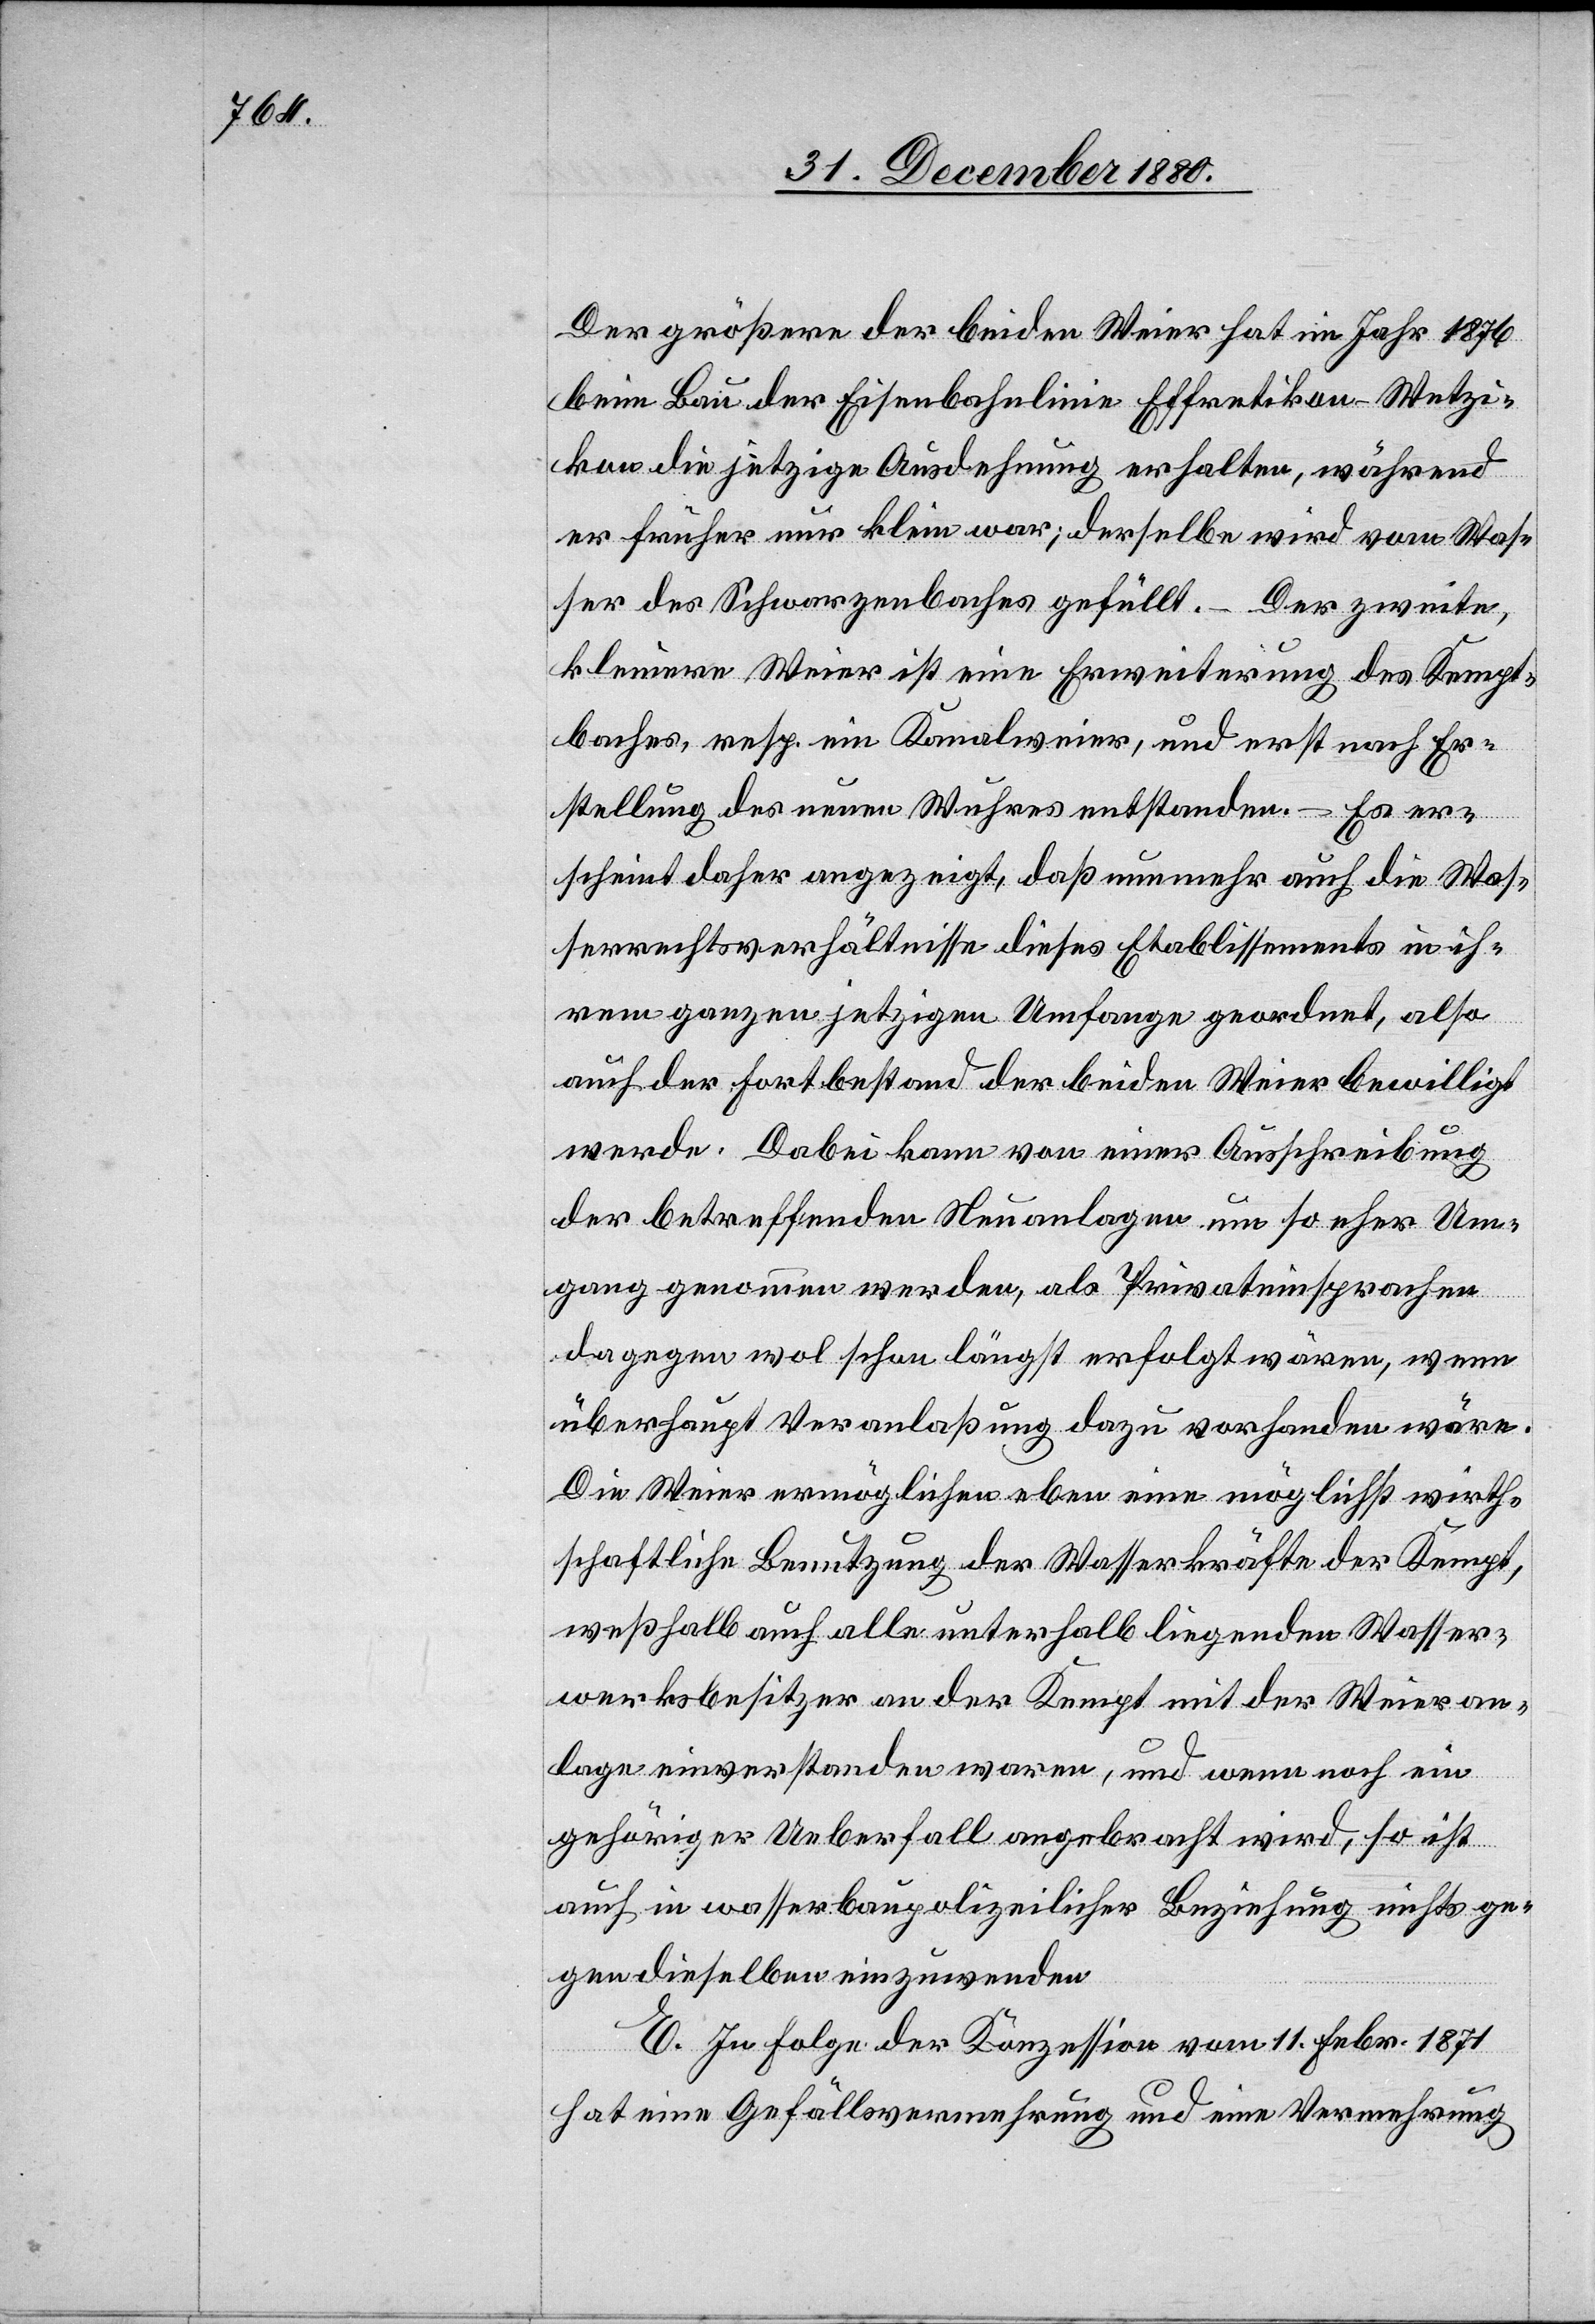
Der größere der beiden Weier hat im Jahr 1876
beim Bau der Eisenbahnlinie Effretikon–Wetzi¬
kon die jetzige Ausdehnung erhalten, während
er früher nur klein war; derselbe wird vom Was¬
ser des Schwarzenbaches gefüllt. – Der zweite
kleinere Weier ist eine Erweiterung des Kempt¬
baches, resp. ein Kanalweier, und erst nach Er¬
stellung des neuen Wuhres entstanden. – Es er¬
scheint daher angezeigt, daß nunmehr auch die Was¬
serrechtsverhältnisse dieses Etablissements in ih¬
rem ganzen jetzigen Umfange geordnet, also
auch der Fortbestand der beiden Weier bewilligt
werde. Dabei kann von einer Ausschreibung
der betreffenden Neuanlagen um so eher Um¬
gang genommen werden, als Privateinsprachen
dagegen wol schon längst erfolgt wären, wenn
überhaupt Veranlaßung dazu vorhanden wäre.
Die Weier ermöglichen eben eine möglichst wirth¬
schaftliche Benutzung der Wasserkräfte der Kempt,
weßhalb auch alle unterhalb liegenden Wasser¬
werksbesitzer an der Kempt mit der Weieran¬
lage einverstanden waren, und wenn noch ein
gehöriger Ueberfall angebracht wird, so ist
auch in wasserbaupolizeilicher Beziehung nichts ge¬
gen dieselben einzuwenden.
E. In Folge der Konzession vom 11. Febr. 1871
hat eine Gefällsvermehrung und eine Vermehrung